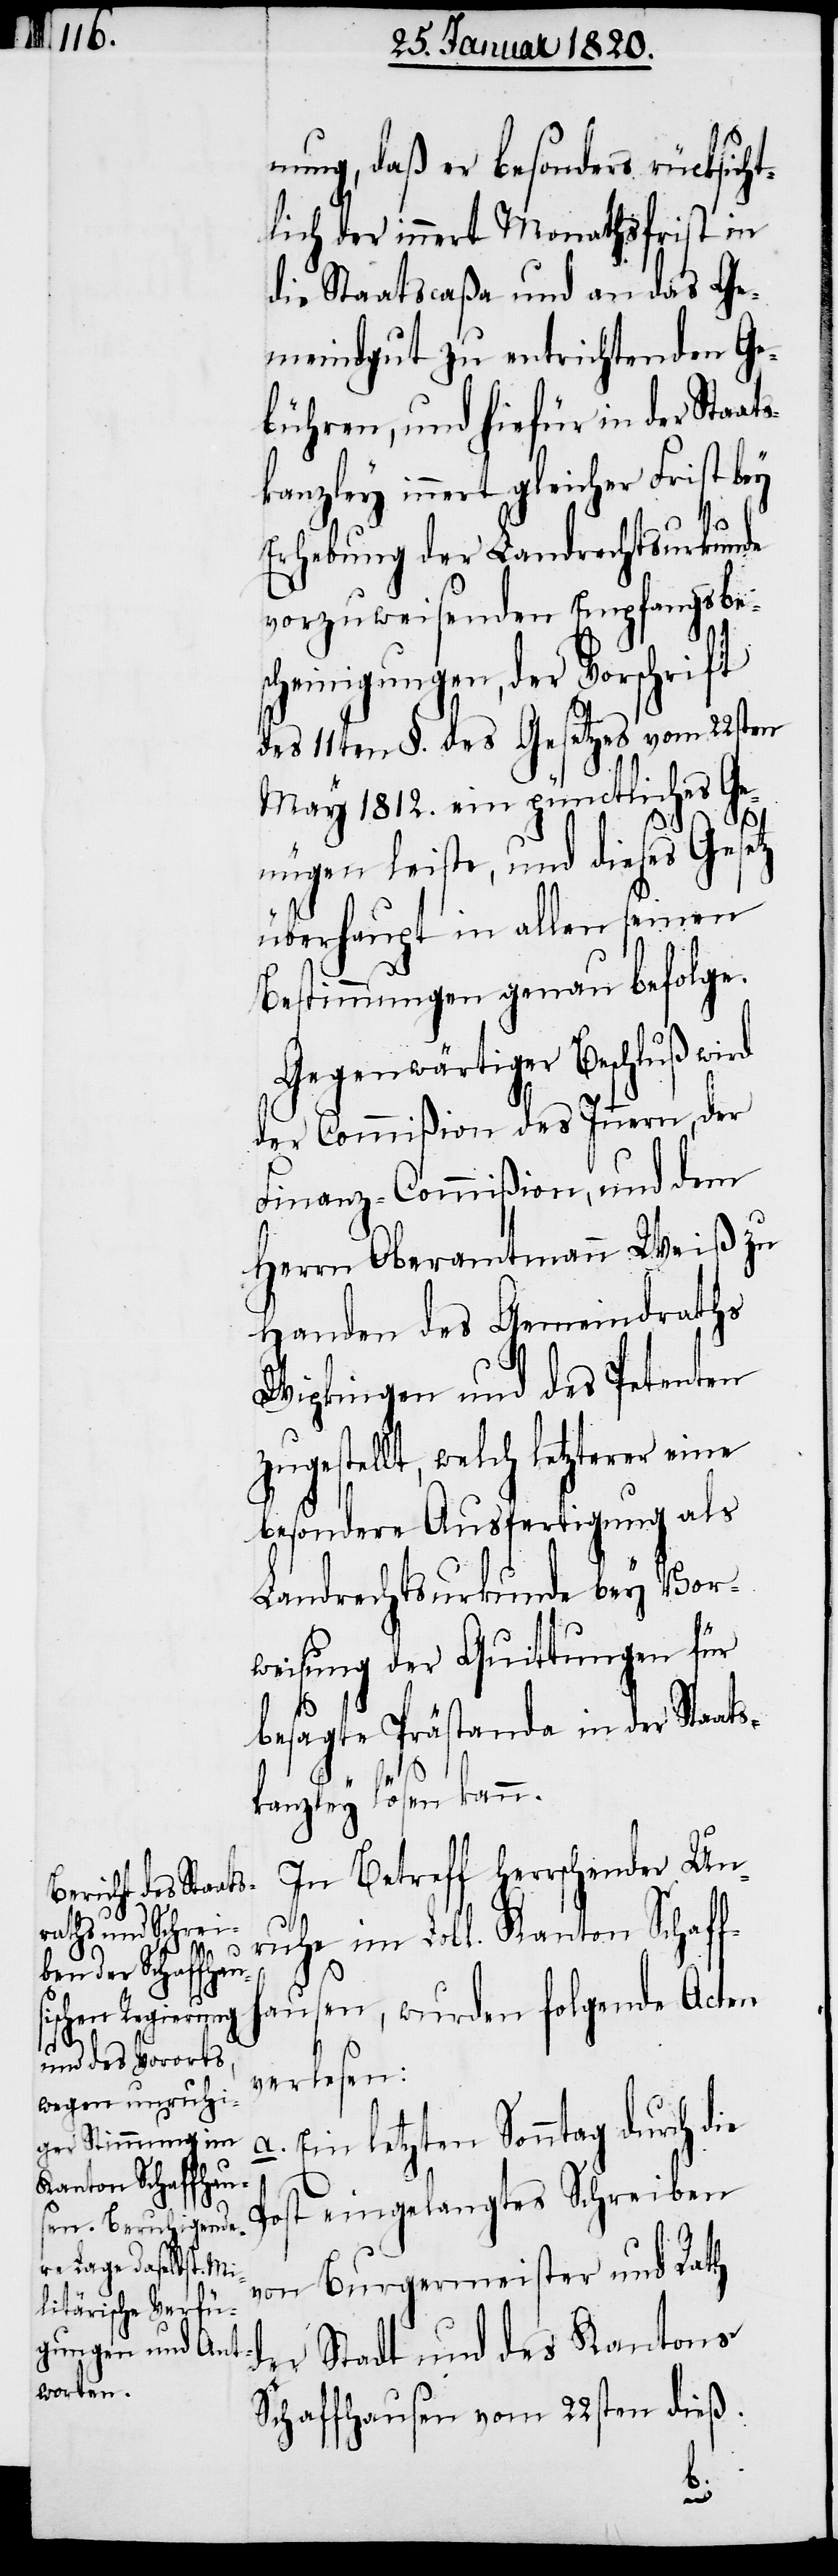
s¬
und

nung, daß er besonders rücksicht¬
lich der innert Monathsfrist in
die Staatscaßa und an das Ge¬
meindgut zu entrichtenden Ge¬
bühren, und hiefür in der Staat¬
kanzley innert gleicher
Erhebung der Landrechtsurkunde
vorzuweisenden Empfangsbes¬
cheinigungen, der Vorschrift
des 11ten §. des Gesetzes vom 22sten
May 1812. ein pünctliches Ge¬
nügen leiste, und dieses Gesetz
überhaupt in allen seinen
Bestimmungen genau befolge.
Gegenwärtiger Beschluß wird
Herrn Oberamtmann Weiß zu
Handen des Gemeindraths
Wipkingen und des Petenten
zugestellt, welche letzterer
besondere Ausfertigung als
Landrechtsurkunde bey Vor¬
weisung der Quittungen für
besagte Prästanda in der Staat¬
Frist
skanzley lösen kann.
In Betreff herrschender Un¬
ruhe im Lobl. Kanton Schaff¬
hausen, wurden folgende Acten
verlesen:
Ein letzten Sonntag durch d¬
Post eingelangtes Schreiben
von Burgermeister und Rath
der Stadt und des Kantons
Schaffhausen vom 22sten dieß.
ie